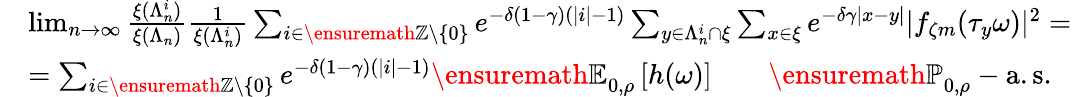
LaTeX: \begin{array}{rl}&{\operatorname*{lim}_{n\rightarrow\infty}\frac{\xi(\Lambda_{n}^{i})}{\xi(\Lambda_{n})}\frac{1}{\xi(\Lambda_{n}^{i})}\sum_{i\in{\ensuremath{\mathbb Z}}\setminus\{ 0\} }e^{-\delta(1-\gamma)(|i|-1)}\sum_{y\in\Lambda_{n}^{i}\cap\xi}\sum_{x\in\xi}e^{-\delta\gamma|x-y|}|f_{\zeta m}(\tau_{y}\omega)|^{2}=}\\ &{=\sum_{i\in{\ensuremath{\mathbb Z}}\setminus\{ 0\} }e^{-\delta(1-\gamma)(|i|-1)}{\ensuremath{\mathbb E}}_{0,\rho}\left[h(\omega)\right]\qquad{\ensuremath{\mathbb P}}_{0,\rho}-\mathrm{a.s.}}\end{array}